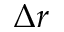
\Delta \boldsymbol { r }